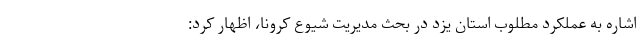
اشاره به عملکرد مطلوب استان یزد در بحث مدیریت شیوع کرونا، اظهار کرد: